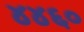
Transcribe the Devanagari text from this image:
४४६०